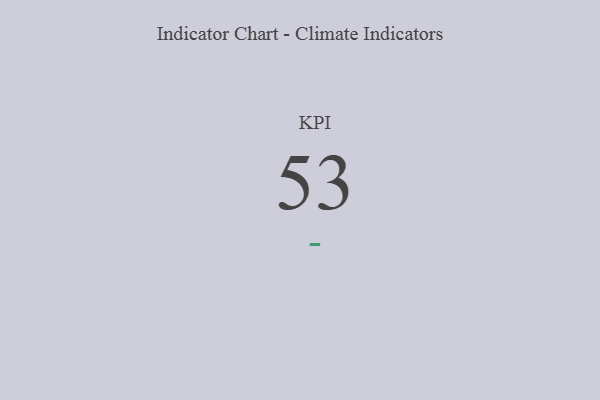
{"axis": {"x": "KPI", "y": "Value"}, "legend": [""], "data": [{"x": "KPI", "y": 53, "type": ""}]}